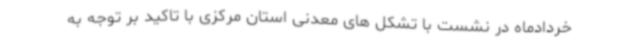
خردادماه در نشست با تشکل های معدنی استان مرکزی با تاکید بر توجه به